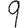
Digit: 9